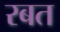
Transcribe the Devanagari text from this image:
रबत